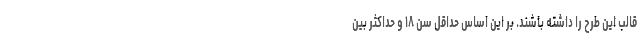
قالب این طرح را داشته باشند. بر این اساس حداقل سن ۱۸ و حداکثر بین